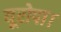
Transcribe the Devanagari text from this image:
यूरोपा।